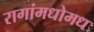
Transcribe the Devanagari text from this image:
रागांमधोमध